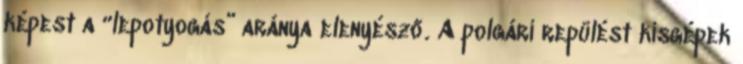
képest a “lepotyogás” aránya elenyésző. A polgári repülést kisgépek